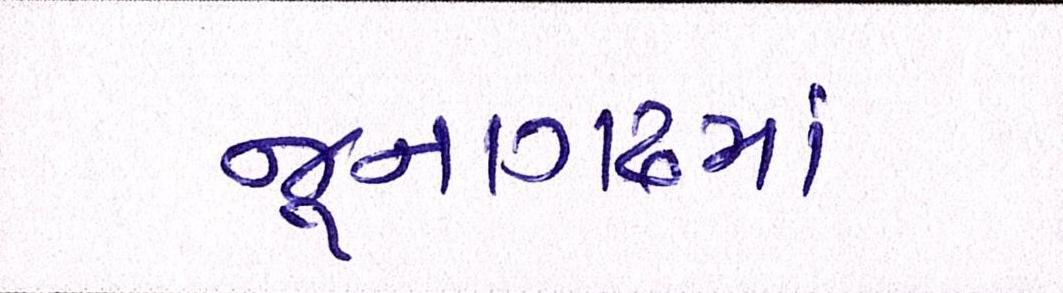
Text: જૂનાગઢમાં